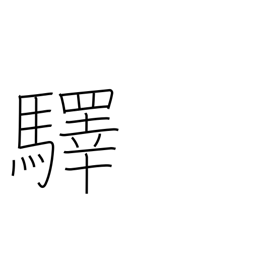
Meaning: station